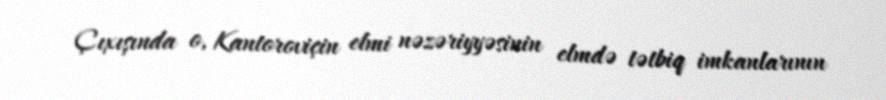
Çıxışında o, Kantoroviçin elmi nəzəriyyəsinin elmdə tətbiq imkanlarının